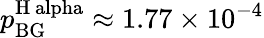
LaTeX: p_{\mathrm{BG}}^{\mathrm{H\ alpha}}\approx 1.77\times 10^{-4}